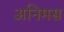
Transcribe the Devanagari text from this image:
अनिमस